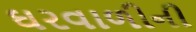
ઘરવાળીની